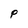
Character: P